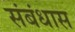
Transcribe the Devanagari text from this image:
संबंधास